Punjab Mental Hospital Lahore 1922-31 - 1922-1931
Year: 1922
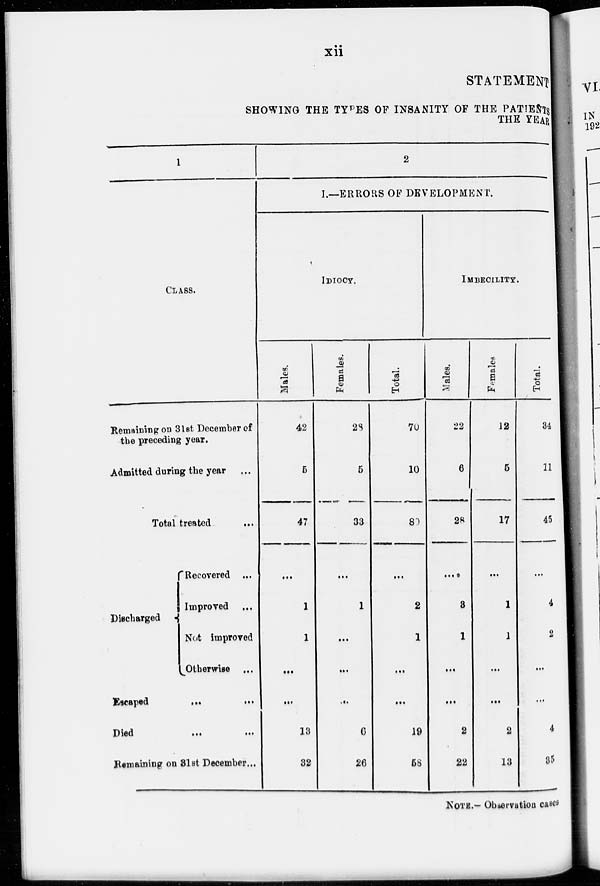
xii
STATEMENT
SHOWING THE TYPES OF INSANITY OF THE PATIENTS
THE YEAR
1
CLASS.
Remaining on 31st December of
the preceding year.
Admitted during the year ...
Total treated
...
Discharged
Recovered ...
Improved ...
Not improved
Otherwise ...
Escaped
...
...
Died
...
...
Remaining on 31st December...
2
I.—ERRORS OF DEVELOPMENT.
IDIOCY.
Males.
42
5
47
...
1
1
...
...
13
32
Females.
28
5
33
...
1
...
...
...
6
26
Total.
70
10
80
...
2
1
...
...
19
58
IMBECILITY.
Males.
22
6
28
...
3
1
...
...
2
22
Females
12
5
17
...
1
1
...
...
2
13
Total.
34
11
45
...
4
2
...
...
4
35
NOTE.––Observation cases